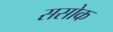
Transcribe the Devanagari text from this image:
ससोक